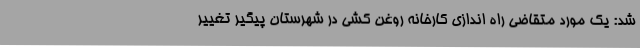
شد: یک مورد متقاضی راه اندازی کارخانه روغن کشی در شهرستان پیگیر تغییر